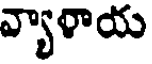
వ్యాళాయ